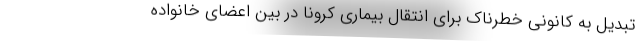
تبدیل به کانونی خطرناک برای انتقال بیماری کرونا در بین اعضای خانواده